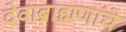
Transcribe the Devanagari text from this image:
देवाब्राह्मणांचे